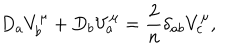
LaTeX: D _ { a } V _ { b } ^ { \mu } + D _ { b } V _ { a } ^ { \mu } = { \frac { 2 } { n } } \delta _ { a b } V _ { c } ^ { \mu } ,